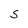
Character: S